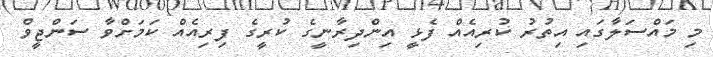
މި މައްސަލާގައި އިތުރު ކުރިއެއް ފެޅީ އިންދިރާނީގެ ކުރީގެ ފިރިއެއް ކަމަށްވާ ސަންޖީވް